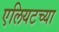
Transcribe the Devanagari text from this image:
एलियटच्या